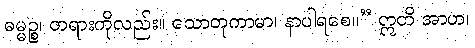
ဓမ္မဉ္စ၊ တရားကိုလည်း။ သောတုကာမာ၊ နာပါရစေ။” ဣတိ အာဟ၊